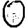
Digit: 0